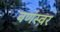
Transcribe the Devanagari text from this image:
वर्णस्वर